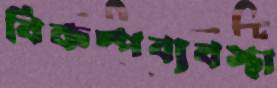
বিকল্পব্যবস্থা